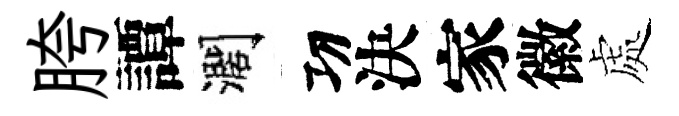
胯譚濶㓛決家徽處